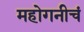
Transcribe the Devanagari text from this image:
महोगनीचं